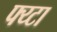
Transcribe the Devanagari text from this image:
फ्य्टा